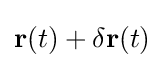
\mathbf {r} (t)+\delta \mathbf {r} (t)